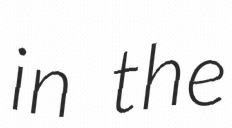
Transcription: in the